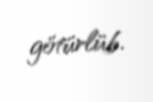
götürlüb.